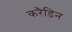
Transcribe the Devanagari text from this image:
करैडिन